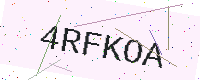
Text: 4RFKOA